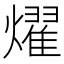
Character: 燿